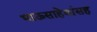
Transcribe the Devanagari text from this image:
भाऊसाहेबांसह